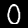
Label: 0